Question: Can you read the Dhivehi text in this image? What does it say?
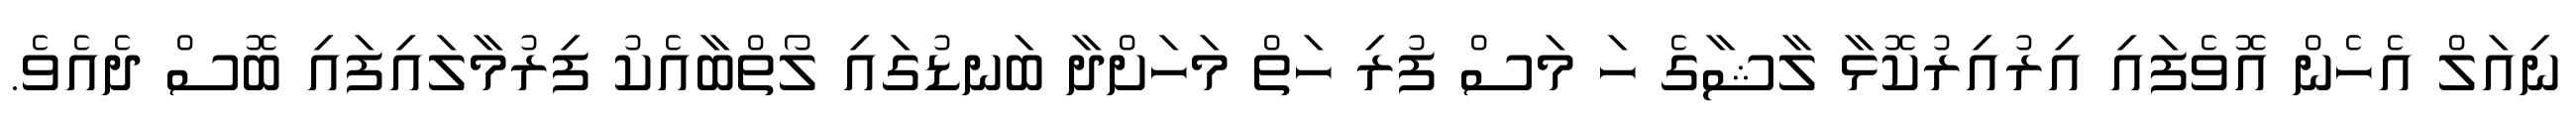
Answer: ނިއަލް އެހެން އޮވެފައި އިރުއިރުކޮޅާ ލާޝާގެ ހަ މަސް ފުރި ހަތް މަހަށްދާ ބަނޑުގައި ލޯތްބާއެކު ފިރުމާލައިފައި ބޮސް ދެއެވެ.